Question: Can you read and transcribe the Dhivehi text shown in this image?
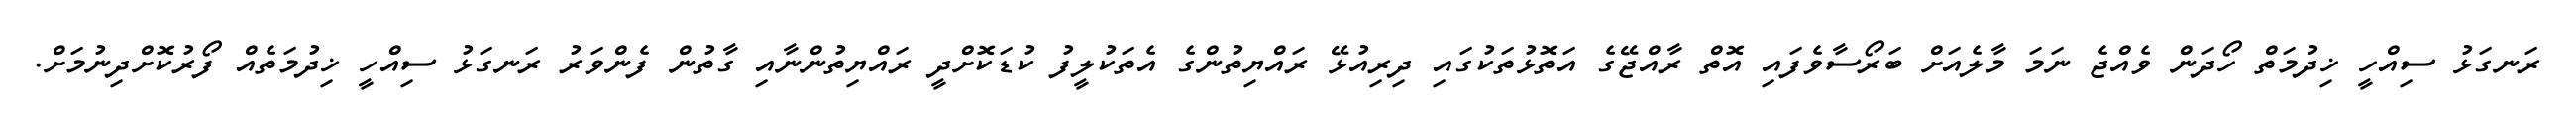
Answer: ރަނގަޅު ސިއްހީ ޚިދުމަތް ހޯދަން ވެއްޖެ ނަމަ މާލެއަށް ބަރޯސާވެފައި އޮތް ރާއްޖޭގެ އަތޮޅުތަކުގައި ދިރިއުޅޭ ރައްޔިތުންގެ އެތަކުލީފު ކުޑަކޮށްދީ ރައްޔިތުންނާއި ގާތުން ފެންވަރު ރަނގަޅު ސިއްހީ ޚިދުމަތެއް ފޯރުކޮށްދިނުމަށް.